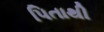
પિતાથી